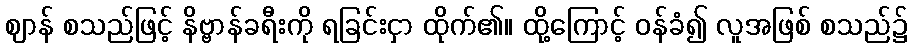
ဈာန် စသည်ဖြင့် နိဗ္ဗာန်ခရီးကို ရခြင်းငှာ ထိုက်၏။ ထို့ကြောင့် ဝန်ခံ၍ လူအဖြစ် စသည်၌